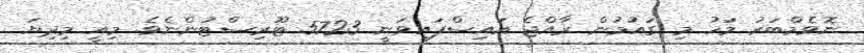
ނޮވެމްބަރު މަހު މި ގައުމުން ރާއްޖެ އައިސްފައިވަނީ 5723 ޓޫރިސްޓުންނެވެ. މިއީ މިދިޔަ